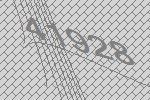
41928